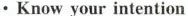
·Know your intention